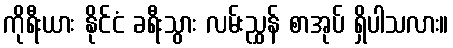
ကိုရီးယား နိုင်ငံ ခရီးသွား လမ်းညွှန် စာအုပ် ရှိပါသလား။